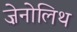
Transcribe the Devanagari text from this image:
ज़ेनोलिथ